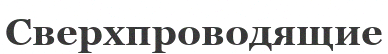
Сверхпроводящие